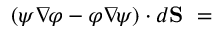
\left( \psi \nabla \! \varphi - \varphi \nabla \! \psi \right) \cdot d \mathbf { S } \ =